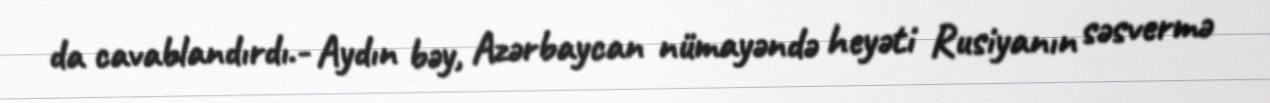
da cavablandırdı.- Aydın bəy, Azərbaycan nümayəndə heyəti Rusiyanın səsvermə